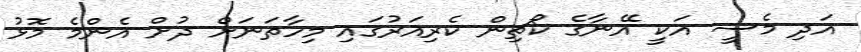
އަދި މެސީ އަކީ އޭނާގެ ކޯޗިން ކެރިއަރުގައި މިހާތަނަށް ދުށް އެންމެ މޮޅު